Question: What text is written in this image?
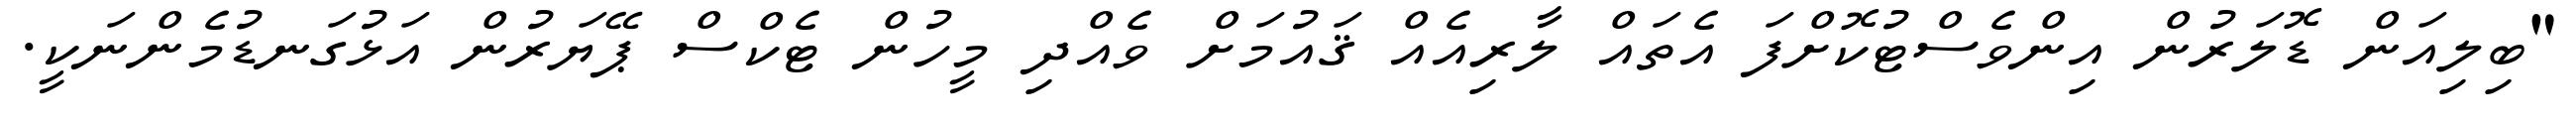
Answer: "ބިލިއަން ޑޮލަރުން އިންވެސްޓުކޮށްފަ އެތައް ލާރިއެއް ޤައުމަށް ވެއްދި މީހުން ޓެކްސް ޕޭޔަރުން އަޅުގަނޑުމެންނަކީ.